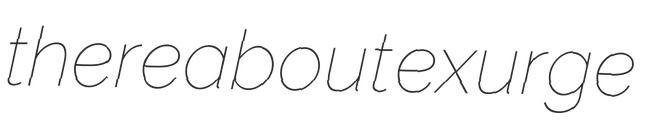
thereabout exurge